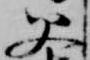
父